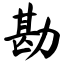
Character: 勘